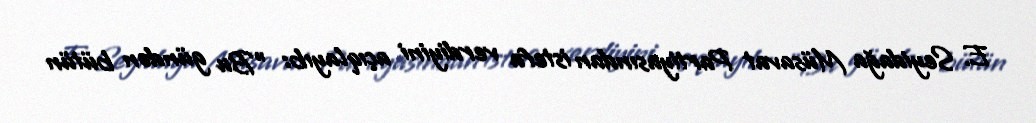
E. Seyidağa Müsavat Partiyasından istefa verdiyini açıqlayıb: "Bu gündən bütün